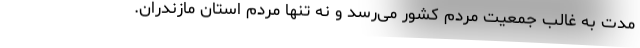
مدت به غالب جمعیت مردم کشور می‌رسد و نه تنها مردم استان مازندران.